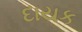
દાયક